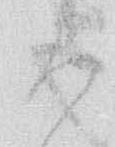
ろ